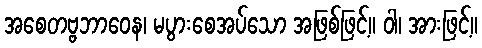
အစေတဗ္ဗဘာဝေန၊ မပွားစေအပ်သော အဖြစ်ဖြင့်။ ဝါ၊ အားဖြင့်။